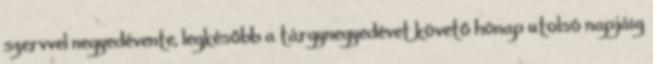
szervvel negyedévente, legkésőbb a tárgynegyedévet követő hónap utolsó napjáig